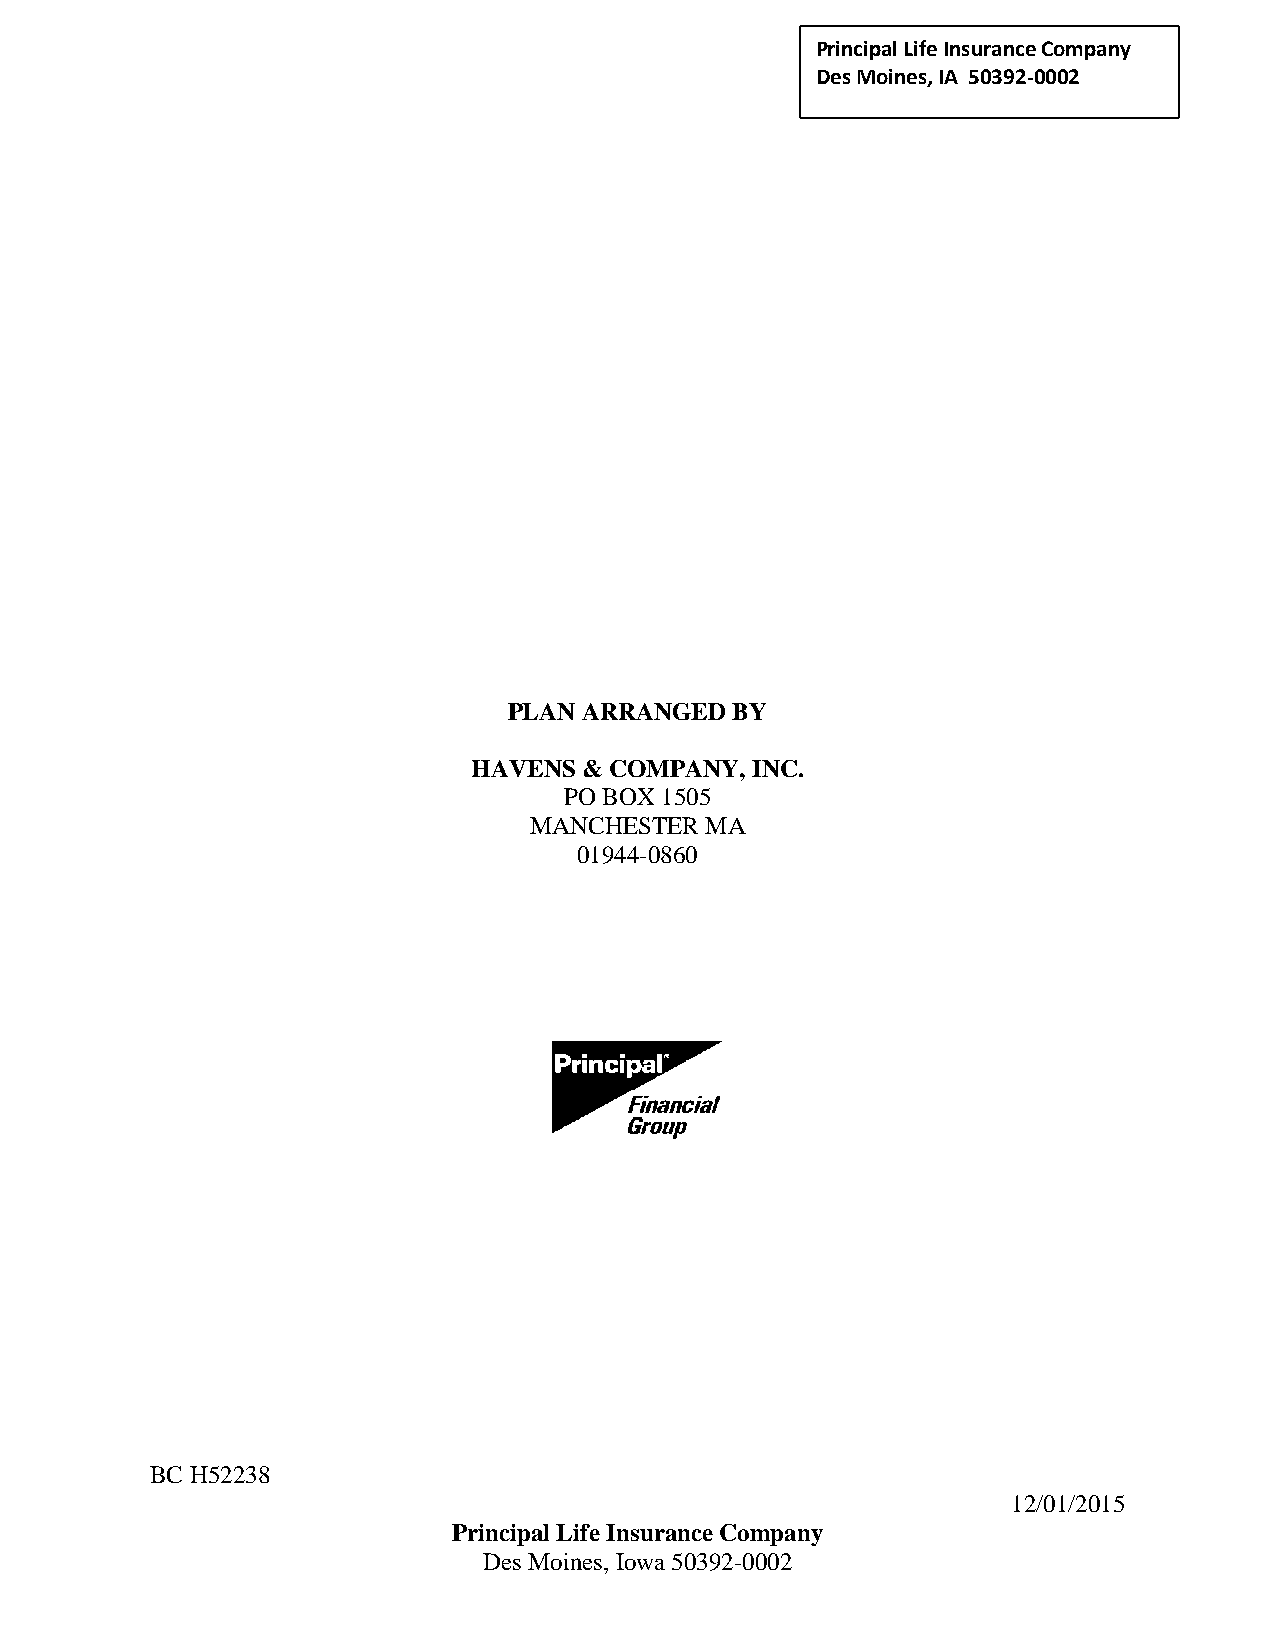
Principal Life Insurance C ompany
 Des Moines, IA 50392-0002
 PLAN ARRANGED BY
 HAVENS  & COMPANY, INC.
 PO BOX 1505
 MANCHESTER  MA
 01944-0860
 BC H52238
 12/01/2015
 Principal Life Insurance Company
 Des Moines, Iowa 50392-0002